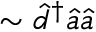
\sim \hat { d } ^ { \dagger } \hat { a } \hat { a }